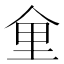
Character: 𪜽